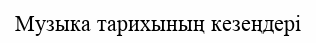
Музыка тарихының кезеңдері